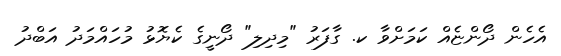
އެހެން ދޯންޏެއް ކަމަށްވާ ކ. ގާފަރު "މިދިލި" ދޯނީގެ ކެޔޮޅު މުހައްމަދު އަބްދު